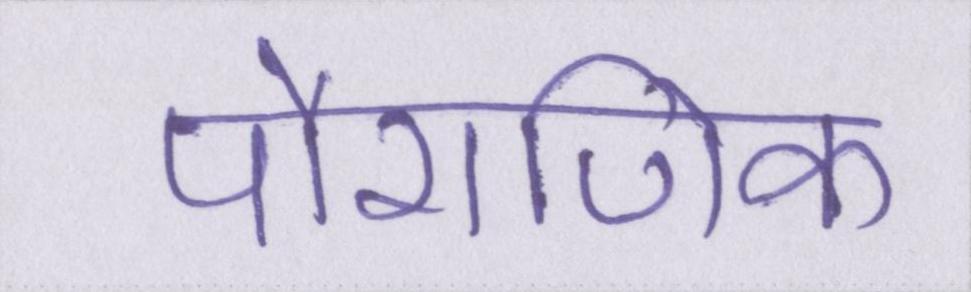
पौराणिक